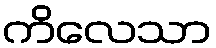
ကိလေသာ